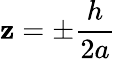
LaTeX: \mathbf{z}=\pm\frac{{h}}{{2a}}